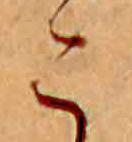
こ